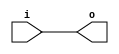
module bsg_expand_bitmask_in_width_p8_expand_p1
(
  i,
  o
);

  input [7:0] i;
  output [7:0] o;
  wire [7:0] o;
  assign o[7] = i[7];
  assign o[6] = i[6];
  assign o[5] = i[5];
  assign o[4] = i[4];
  assign o[3] = i[3];
  assign o[2] = i[2];
  assign o[1] = i[1];
  assign o[0] = i[0];

endmodule